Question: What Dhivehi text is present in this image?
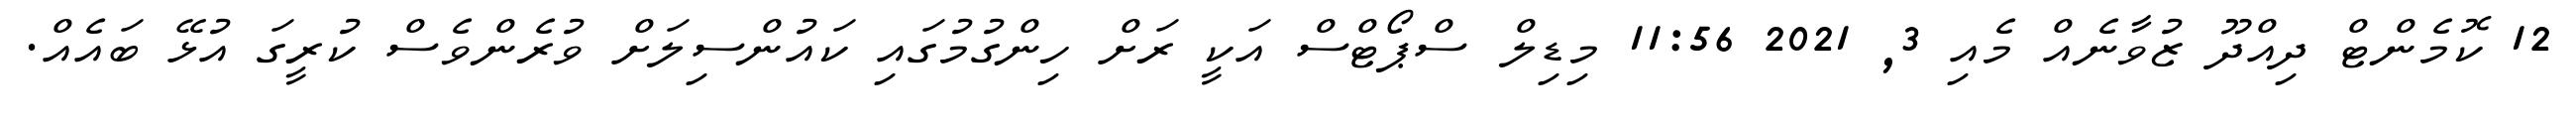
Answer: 12 ކޮމެންޓް ދިއްދޫ ޒުވާނެއް މެއި 3, 2021 11:56 މިޑިލް ސްޕޯޓްސް އަކީ ރަށް ހިންގުމުގައި ކައުންސިލަށް ވުރެންވެސް ކުރީގަ އުޅޭ ބައެއް.